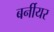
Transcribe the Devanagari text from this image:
बर्नीयर